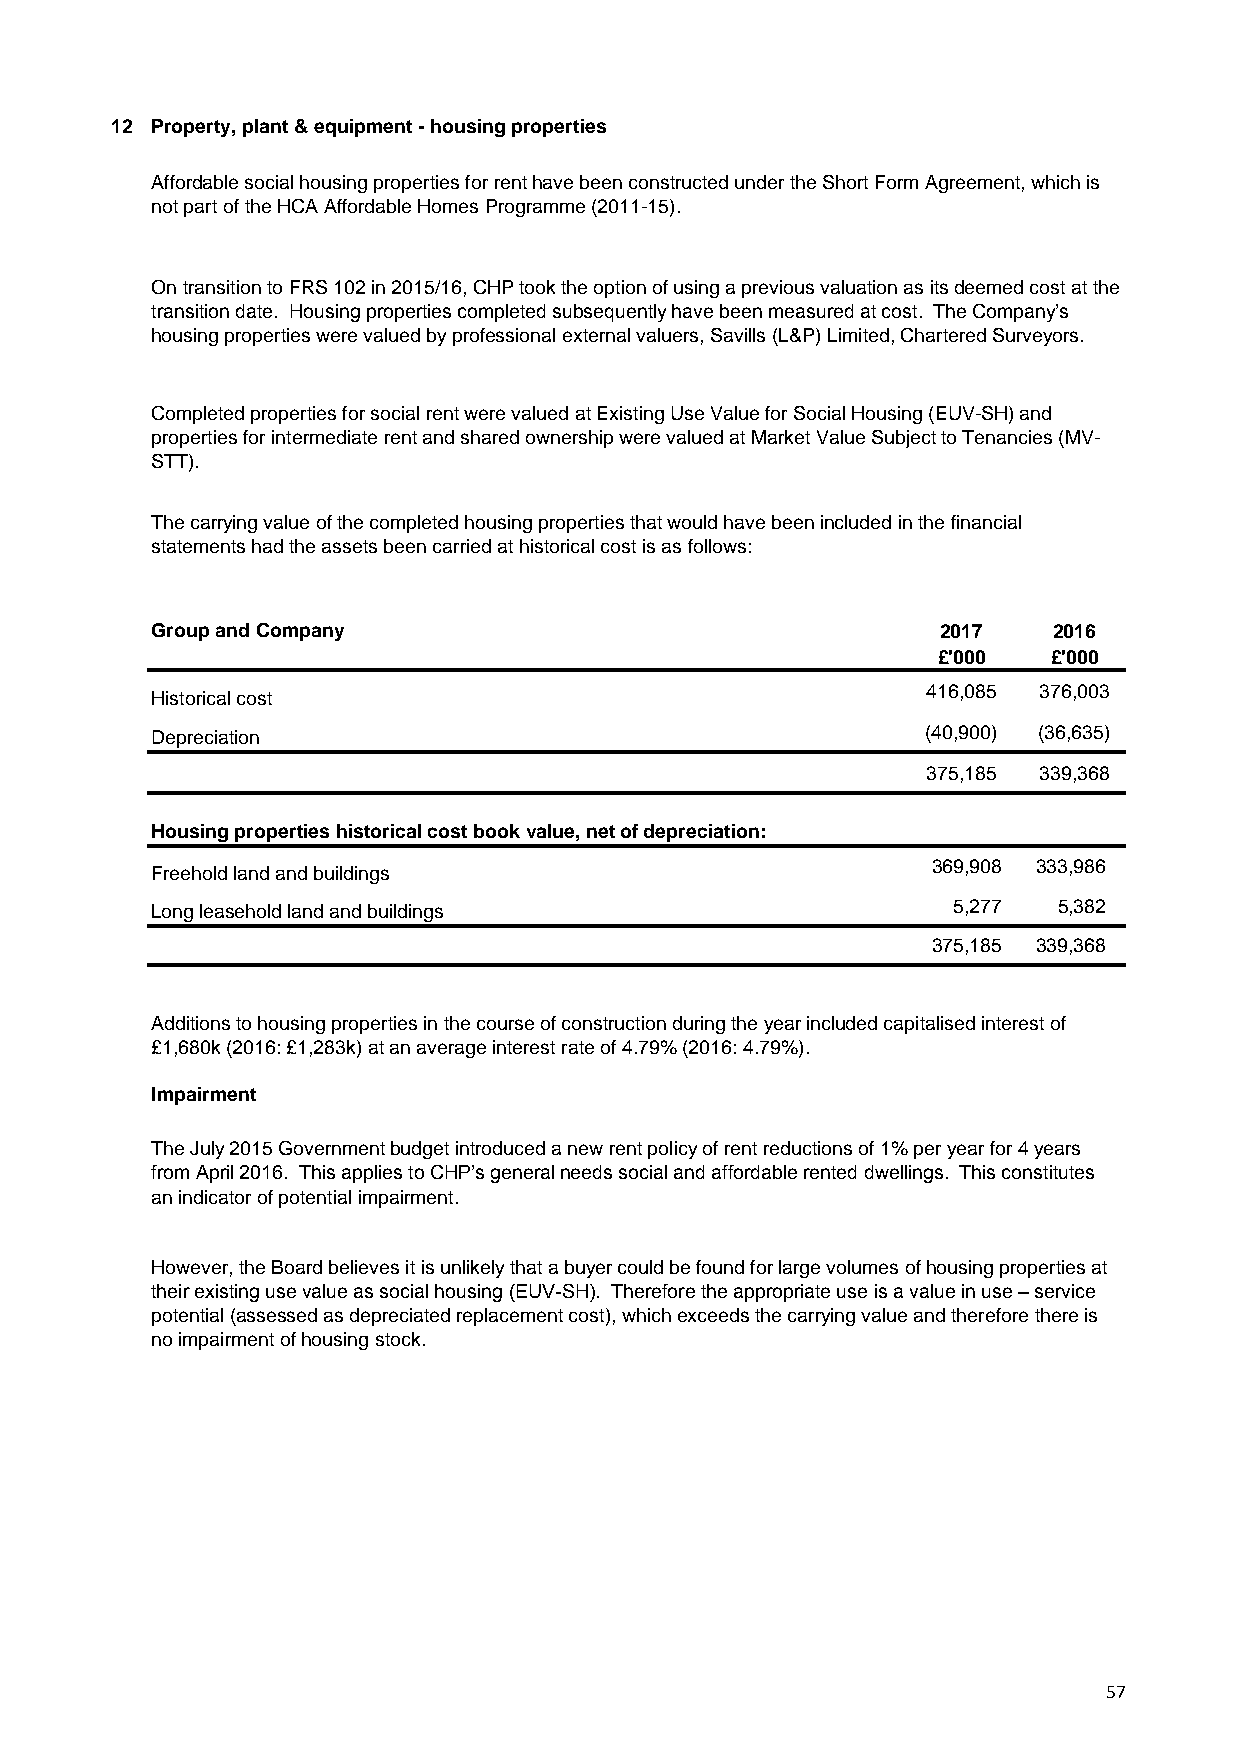
12 Property, plant & equipment - housing properties
 Affordable social housing properties for rent have been constructed under the Short Form Agreement, which is
 not part of the HCA Affordable Homes Programme (2011-15).
 On transition to FRS 102 in 2015/16, CHP took the option of using a previous valuation as its deemed cost at the
 transition date. Housing properties completed subsequently have been measured at cost. The Company’s
 housing properties were valued by professional external valuers, Savills (L&P) Limited, Chartered Surveyors.
 Completed properties for social rent were valued at Existing Use Value for Social Housing (EUV-SH) and
 properties for intermediate rent and shared ownership were valued at Market Value Subject to Tenancies (MV-
 STT).
 The carrying value of the completed housing properties that would have been included in the financial
 statements had the assets been carried at historical cost is as follows:
 Group and Company                                   2017    2016
 £'000  £'000
 416,085 376,003
 Historical cost
 Depreciation                                       (40,900) (36,635)
 375,185 339,368
 Housing properties historical cost book value, net of depreciation:
 369,908 333,986
 Freehold land and buildings
 Long leasehold land and buildings                    5,277  5,382
 375,185 339,368
 Additions to housing properties in the course of construction during the year included capitalised interest of
 £1,680k (2016: £1,283k) at an average interest rate of 4.79% (2016: 4.79%).
 Impairment
 The July 2015 Government budget introduced a new rent policy of rent reductions of 1% per year for 4 years
 from April 2016. This applies to CHP’s general needs social and affordable rented dwellings. This constitutes
 an indicator of potential impairment.
 However, the Board believes it is unlikely that a buyer could be found for large volumes of housing properties at
 their existing use value as social housing (EUV-SH). Therefore the appropriate use is a value in use – service
 potential (assessed as depreciated replacement cost), which exceeds the carrying value and therefore there is
 no impairment of housing stock.
 57